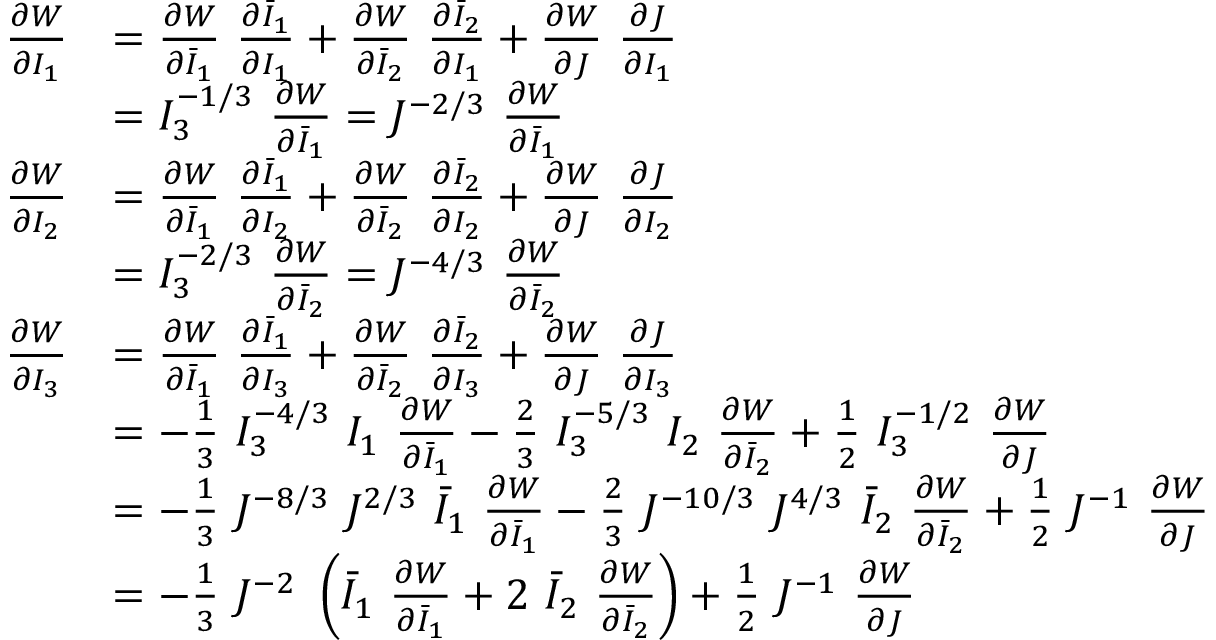
{ \begin{array} { r l } { { \frac { \partial W } { \partial I _ { 1 } } } } & { = { \frac { \partial W } { \partial { \bar { I } } _ { 1 } } } ~ { \frac { \partial { \bar { I } } _ { 1 } } { \partial I _ { 1 } } } + { \frac { \partial W } { \partial { \bar { I } } _ { 2 } } } ~ { \frac { \partial { \bar { I } } _ { 2 } } { \partial I _ { 1 } } } + { \frac { \partial W } { \partial J } } ~ { \frac { \partial J } { \partial I _ { 1 } } } } \\ & { = I _ { 3 } ^ { - 1 / 3 } ~ { \frac { \partial W } { \partial { \bar { I } } _ { 1 } } } = J ^ { - 2 / 3 } ~ { \frac { \partial W } { \partial { \bar { I } } _ { 1 } } } } \\ { { \frac { \partial W } { \partial I _ { 2 } } } } & { = { \frac { \partial W } { \partial { \bar { I } } _ { 1 } } } ~ { \frac { \partial { \bar { I } } _ { 1 } } { \partial I _ { 2 } } } + { \frac { \partial W } { \partial { \bar { I } } _ { 2 } } } ~ { \frac { \partial { \bar { I } } _ { 2 } } { \partial I _ { 2 } } } + { \frac { \partial W } { \partial J } } ~ { \frac { \partial J } { \partial I _ { 2 } } } } \\ & { = I _ { 3 } ^ { - 2 / 3 } ~ { \frac { \partial W } { \partial { \bar { I } } _ { 2 } } } = J ^ { - 4 / 3 } ~ { \frac { \partial W } { \partial { \bar { I } } _ { 2 } } } } \\ { { \frac { \partial W } { \partial I _ { 3 } } } } & { = { \frac { \partial W } { \partial { \bar { I } } _ { 1 } } } ~ { \frac { \partial { \bar { I } } _ { 1 } } { \partial I _ { 3 } } } + { \frac { \partial W } { \partial { \bar { I } } _ { 2 } } } ~ { \frac { \partial { \bar { I } } _ { 2 } } { \partial I _ { 3 } } } + { \frac { \partial W } { \partial J } } ~ { \frac { \partial J } { \partial I _ { 3 } } } } \\ & { = - { \frac { 1 } { 3 } } ~ I _ { 3 } ^ { - 4 / 3 } ~ I _ { 1 } ~ { \frac { \partial W } { \partial { \bar { I } } _ { 1 } } } - { \frac { 2 } { 3 } } ~ I _ { 3 } ^ { - 5 / 3 } ~ I _ { 2 } ~ { \frac { \partial W } { \partial { \bar { I } } _ { 2 } } } + { \frac { 1 } { 2 } } ~ I _ { 3 } ^ { - 1 / 2 } ~ { \frac { \partial W } { \partial J } } } \\ & { = - { \frac { 1 } { 3 } } ~ J ^ { - 8 / 3 } ~ J ^ { 2 / 3 } ~ { \bar { I } } _ { 1 } ~ { \frac { \partial W } { \partial { \bar { I } } _ { 1 } } } - { \frac { 2 } { 3 } } ~ J ^ { - 1 0 / 3 } ~ J ^ { 4 / 3 } ~ { \bar { I } } _ { 2 } ~ { \frac { \partial W } { \partial { \bar { I } } _ { 2 } } } + { \frac { 1 } { 2 } } ~ J ^ { - 1 } ~ { \frac { \partial W } { \partial J } } } \\ & { = - { \frac { 1 } { 3 } } ~ J ^ { - 2 } ~ \left( { \bar { I } } _ { 1 } ~ { \frac { \partial W } { \partial { \bar { I } } _ { 1 } } } + 2 ~ { \bar { I } } _ { 2 } ~ { \frac { \partial W } { \partial { \bar { I } } _ { 2 } } } \right) + { \frac { 1 } { 2 } } ~ J ^ { - 1 } ~ { \frac { \partial W } { \partial J } } } \end{array} }